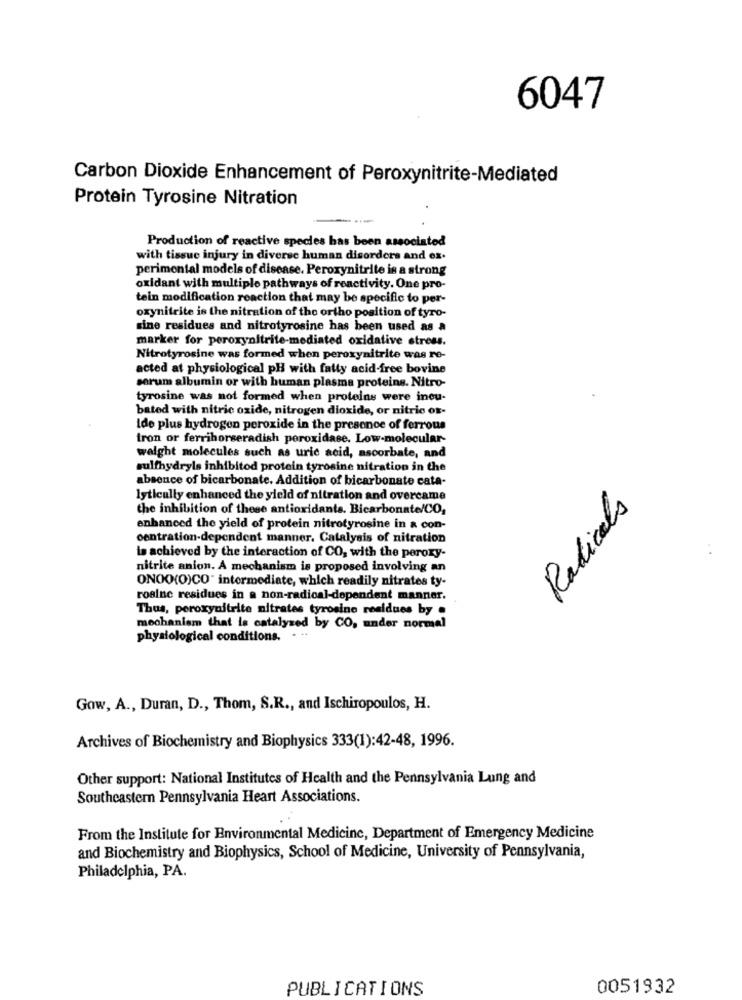
6047
Carbon Dioxide Enhancement of Peroxynitrite-Mediated
Protein Tyrosine Nitration
Production of reactive species has been associated
with tissue injury in diverse human disorders and ex.
perimental models of disease. Peroxynitrite is a strong
oxidant with multiple pathways of reactivity. One pro-
tein modification reaction that may be specific to per-
oxynitrite is the nitration of the ortho position of tyro-
sine residues and nitrotyrosine has been used as a
marker for peroxynitrite-mediated oxidative stress.
Nitrotyrosine was formed when peroxynitrite was re-
acted at physiological pH with fatty acid-free bovine
serum albumin or with human plasma proteins. Nitro-
tyrosine was not formed when proteins were ineu-
bated with nitric oxide, nitrogen dioxide, or nitric or-
Ide plus hydrogen peroxide in the presence of ferrous
tron or ferrihorseradish peroxidase. Low-molecular-
weight molecules such as uric acid, ascorbate, and
sulfhydryls inhibitod protein tyrosine nitration in the
absence of bicarbonate. Addition of bicarbonate cata-
lytically enhanced the yield of nitration and overcame
the inhibition of these antioxidants. Bicarbonate/CO,
Radicals
enhanced the yield of protein nitrotyrosine in a con-
centration-dependent manner. Catalysis of nitration
..
to achieved by the interaction of CO, with the peroxy-
nitrite anion. A mechanism is proposed involving an
ONOO(O)CO" intermediate, which readily nitrates ty-
rosine residues in a non-radical-dependent manner.
Thus, peroxynitrite nitrates tyrosine residues by .
mechanism that is catalyzed by CO, under normal
physiological conditions.
Gow, A ., Duran, D ., Thom, S.R ., and Ischiropoulos, H.
Archives of Biochemistry and Biophysics 333(1):42-48, 1996.
Other support: National Institutes of Health and the Pennsylvania Lung and
Southeastern Pennsylvania Heart Associations.
From the Institute for Environmental Medicine, Department of Emergency Medicine
and Biochemistry and Biophysics, School of Medicine, University of Pennsylvania,
Philadelphia, PA.
PUBLICATIONS
0051932